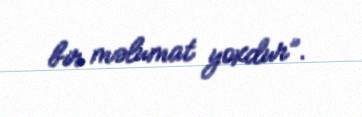
bir məlumat yoxdur”.